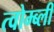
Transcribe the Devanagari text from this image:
त्वोम्ब्ली